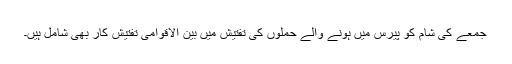
جمعے کی شام کو پیرس میں ہونے والے حملوں کی تفتیش میں بین الاقوامی تفتیش کار بھی شامل ہیں۔